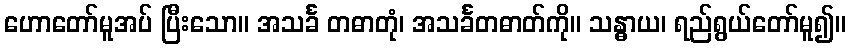
ဟောတော်မူအပ် ပြီးသော။ အသင်္ခ တဓာတုံ၊ အသင်္ခတဓာတ်ကို။ သန္ဓာယ၊ ရည်ရွယ်တော်မူ၍။